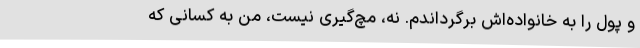
و پول را به خانواده‌‌اش برگرداندم. نه، مچ‌گیری نیست، من به کسانی که